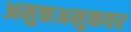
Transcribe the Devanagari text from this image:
अमुकअमुकवर